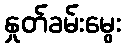
နှုတ်ခမ်းမွေး